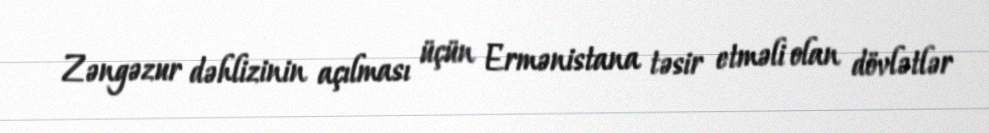
Zəngəzur dəhlizinin açılması üçün Ermənistana təsir etməli olan dövlətlər